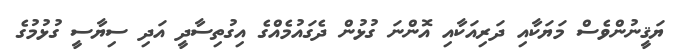
ޔަޤީނުންވެސް މަޔަކާއި ދަރިއަކާއި އޮންނަ ގުޅުން ދެގައުމެއްގެ އިގުތިސާދީ އަދި ސިޔާސީ ގުޅުމުގެ